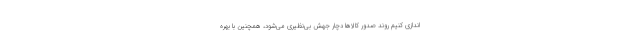
اندازی کنیم روند صدور کالاها دچار جهش بی‌نظیری می‌شود، همچنین با بهره